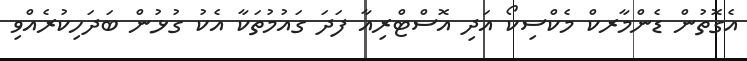
އެގޮތުން ޑެންމާރކް މެކްސިކޯ އަދި އޮސްޓްރިއާ ފަދަ ގައުމުތަކާ އެކު ގުޅުން ބަދަހިކުރެއްވި